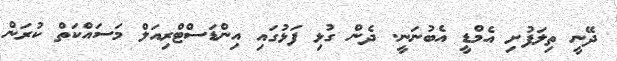
ދޭނީ ތިލަފުށި އެމްޑީ އެބުނަނީ. ދެން ގުޅި ފަޅުގައި އިންޑަސްޓްރިއަލް މަސައްކަތް ކުރަން